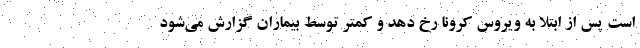
است پس از ابتلا به ویروس کرونا رخ دهد و کمتر توسط بیماران گزارش می‌شود